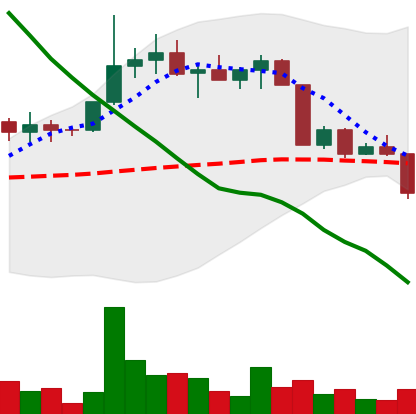
Ticker: EOS-USD
Chart end date: 2022-04-11
Forward return: 20.908%
Label: up_7plus